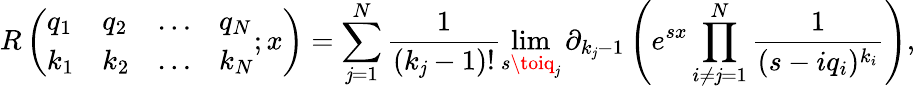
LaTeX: R\left(\begin{array}{llll}{q_{1}}&{q_{2}}&{\ldots}&{q_{N}}\\ {k_{1}}&{k_{2}}&{\ldots}&{k_{N}}\end{array};x\right)=\sum_{\mathit{j}=1}^{N}\frac{{1}}{{(k_{\mathit{j}}-1)!}}\operatorname*{lim}_{s\toiq_{\mathit{j}}}\partial_{k_{\mathit{j}}-1}\left(e^{sx}\prod_{i\neq\mathit{j}=1}^{N}\frac{{1}}{{(s-iq_{i})^{k_{i}}}}\right),